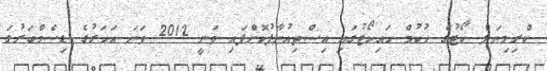
ކްރިމިނަލް ކޯޓުގެ ހުކުމް ހައިކޯޓުގައި އިސްތިއުނާފުކޮށްފައި ވަނީ 2012 ވަނަ އަހަރުގެ ޑިސެމްބަރުގަ